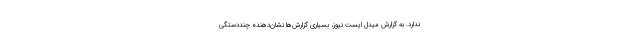
ندارد. به گزارش میدل ایست نیوز، بسیاری گزارش‌ها نشان‌دهنده چنددستگی